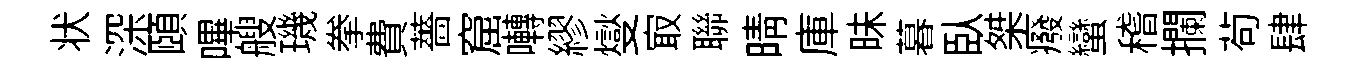
状深頤嗶艘璣拳費薔窟囀繆燮㝡聯晴庫昧暮臥桀癈蠻稽攔茍肆